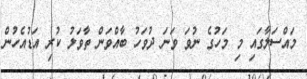
މައްސަލާގައި މި މަހުގެ ނުވަ ވަނަ ދުވަހު ބާއްވަން ތާވަލު ކުރި އަޑުއެހުން